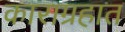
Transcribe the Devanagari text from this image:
काराग्रहात